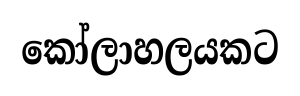
කෝලාහලයකට